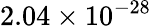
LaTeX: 2.04\times 10^{-28}